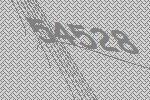
54528